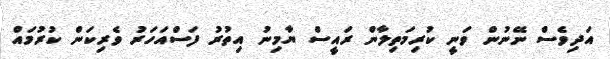
އަދިވެސް ނޭނުން ވަނީ ކުރިމަތިލާން ރައީސް ޔާމިނު އިތުރު ފަސްއަހަރު ވެރިކަން ކުރުމައް